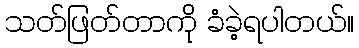
သတ်ဖြတ်တာကို ခံခဲ့ရပါတယ်။